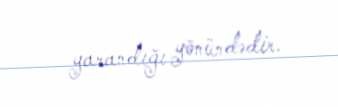
yarandığı yönündədir.